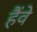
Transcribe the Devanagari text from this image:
हैंवे